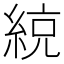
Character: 綂